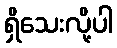
ရှိသေးလို့ပါ